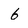
Character: 6